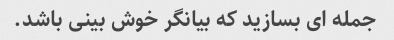
جمله ای بسازید که بیانگر خوش بینی باشد.